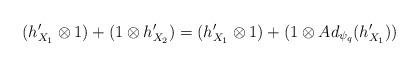
LaTeX: \begin{align*}(h'_{X_1}\otimes 1)+(1\otimes h'_{X_2})=(h'_{X_1}\otimes 1)+(1\otimes Ad_{\psi_q}(h'_{X_1}))\end{align*}